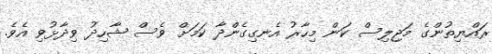
ރައްޔިތުންގެ މަޖިލިސް ކަން މިހާރު އެނގިގެންދާ ކަމަށް ވެސް ޝާހިދު ވިދާޅުވި އެވެ.